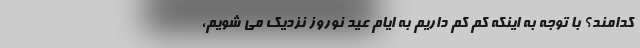
کدامند؟ با توجه به اینکه کم کم داریم به ایام عید نوروز نزدیک می شویم،